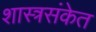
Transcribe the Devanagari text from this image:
शास्त्रसंकेत